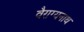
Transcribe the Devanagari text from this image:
वैराग्यनाथ